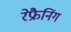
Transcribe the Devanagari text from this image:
रेफ्रैनिंग